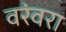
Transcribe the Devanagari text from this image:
वरंवरा